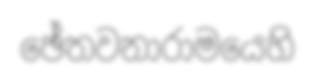
ඡේතවනාරාමයෙහි